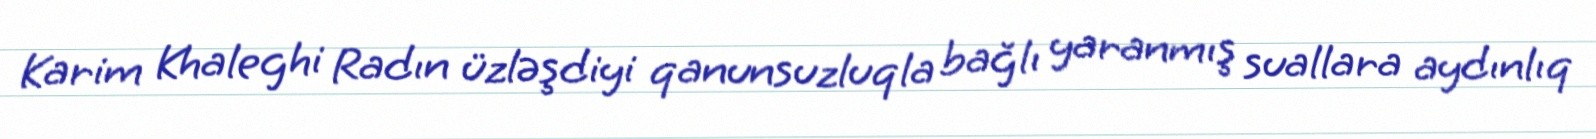
Karim Khaleghi Radın üzləşdiyi qanunsuzluqla bağlı yaranmış suallara aydınlıq